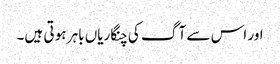
اور اس سے آ گ کی چنگاریاں باہر ہو تی ہیں۔